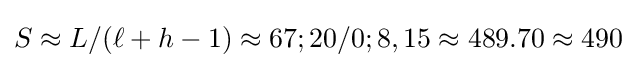
S\approx L/(\ell +h-1)\approx 67;20/0;8,15\approx 489.70\approx 490